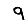
Digit: 9